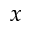
x